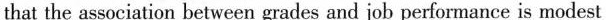
that the association between grades and job performance is modest